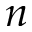
n